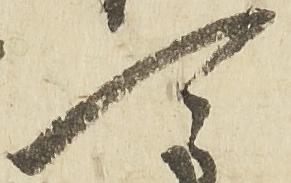
可